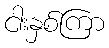
ငါးနှစ်ကြာ